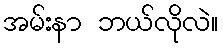
အမ်းနာ ဘယ်လိုလဲ။